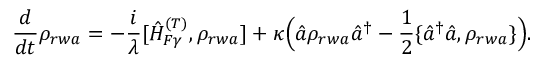
\frac { d } { d t } \rho _ { r w a } = - \frac { i } { \lambda } [ \hat { H } _ { F \gamma } ^ { ( T ) } , \rho _ { r w a } ] + \kappa \Big ( \hat { a } \rho _ { r w a } \hat { a } ^ { \dagger } - \frac { 1 } { 2 } \{ \hat { a } ^ { \dagger } \hat { a } , \rho _ { r w a } \} \Big ) .